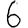
Digit: 6